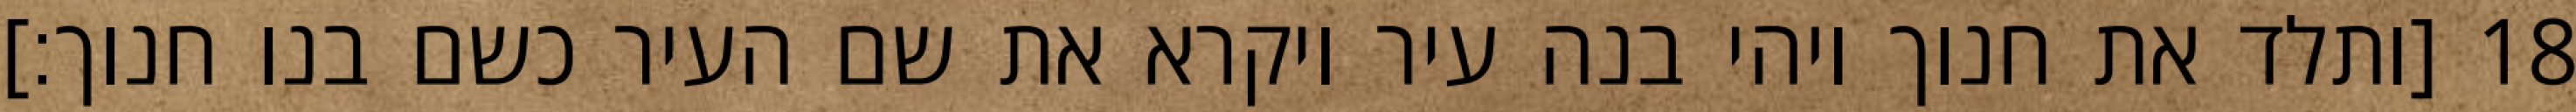
[ותלד את חנוך ויהי בנה עיר ויקרא את שם העיר כשם בנו חנוך׃] ‎18‏